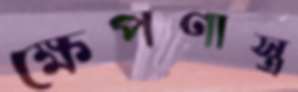
ক্ষেপণাস্ত্র